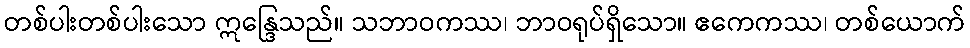
တစ်ပါးတစ်ပါးသော ဣန္ဒြေသည်။ သဘာဝကဿ၊ ဘာဝရုပ်ရှိသော။ ဧကေကဿ၊ တစ်ယောက်